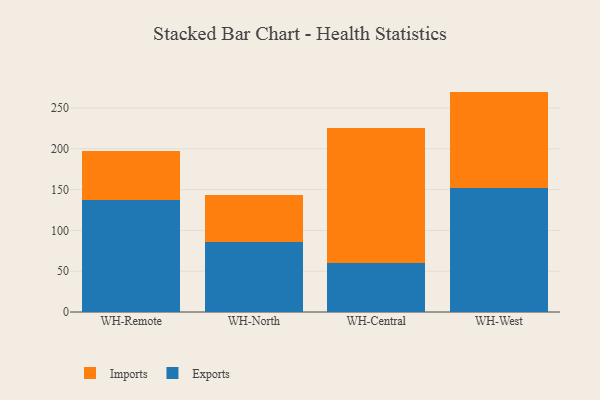
{"axis": {"x": "Warehouse", "y": "Bounce Rate (%)"}, "legend": ["Exports", "Imports"], "data": [{"x": "WH-Remote", "y": 137.3, "type": "Exports"}, {"x": "WH-Remote", "y": 59.5, "type": "Imports"}, {"x": "WH-North", "y": 86.2, "type": "Exports"}, {"x": "WH-North", "y": 57.2, "type": "Imports"}, {"x": "WH-Central", "y": 59.5, "type": "Exports"}, {"x": "WH-Central", "y": 166.4, "type": "Imports"}, {"x": "WH-West", "y": 151.7, "type": "Exports"}, {"x": "WH-West", "y": 118.4, "type": "Imports"}]}